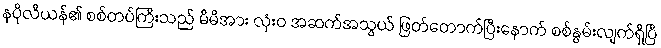
နပိုလီယန်၏ စစ်တပ်ကြီးသည် မိမိအား လုံးဝ အဆက်အသွယ် ဖြတ်တောက်ပြီးနောက် စစ်နွမ်းလျက်ရှိပြီ